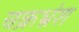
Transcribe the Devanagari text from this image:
चक्रभ्रंश